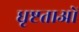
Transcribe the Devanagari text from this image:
धृष्टताओं